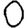
Digit: 0